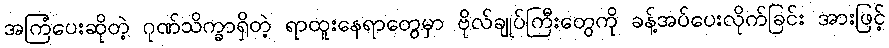
အကြံပေးဆိုတဲ့ ဂုဏ်သိက္ခာရှိတဲ့ ရာထူးနေရာတွေမှာ ဗိုလ်ချုပ်ကြီးတွေကို ခန့်အပ်ပေးလိုက်ခြင်း အားဖြင့်